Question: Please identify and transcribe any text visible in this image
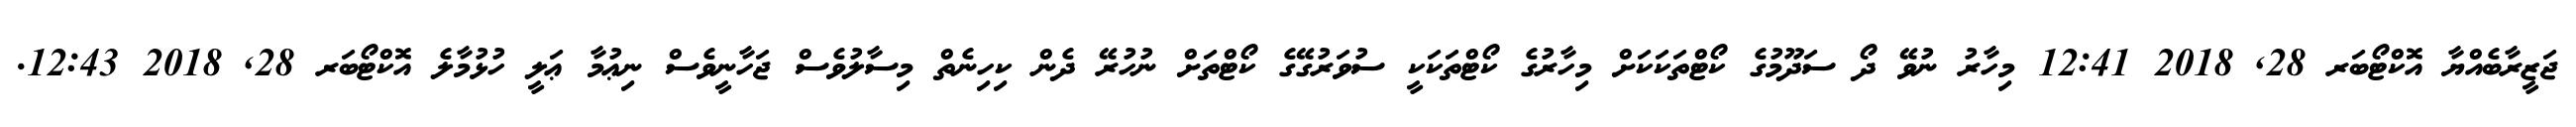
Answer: ޖަޒީރާބެއްޔާ އޮކްޓޯބަރ 28, 2018 12:41 މިހާރު ނުވޭ ދޯ ސަދޫމުގެ ކޯޓްތަކަކަށް މިހާރުގެ ކޯޓްތަކަކީ ސުވަރުގޭގެ ކޯޓްތަށް ނުހުރޭ ދެން ކިހިނެތް މިސާލުވެސް ޖަހާނީވެސް ނިޢުމާ ޢަލީ ހުޅުމާލެ އޮކްޓޯބަރ 28, 2018 12:43.